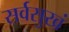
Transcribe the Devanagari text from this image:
सर्वसुखं